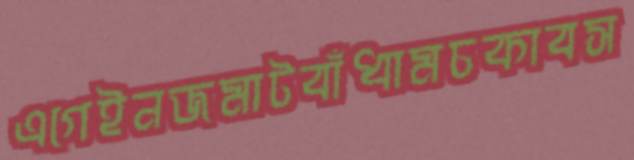
এগেইনজমাটবাঁধামচকাবস